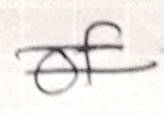
Text: of
Cross-out: double-line
Writing tool: ballpoint